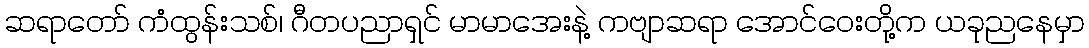
ဆရာတော် ကံထွန်းသစ်၊ ဂီတပညာရှင် မာမာအေးနဲ့ ကဗျာဆရာ အောင်ဝေးတို့က ယခုညနေမှာ